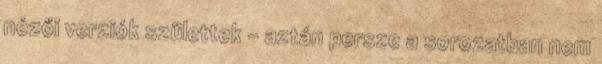
nézői verziók születtek – aztán persze a sorozatban nem